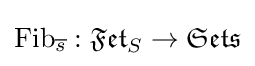
{\text{Fib}}_{\overline {s}}:{\mathfrak {Fet}}_{S}\to {\mathfrak {Sets}}